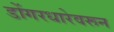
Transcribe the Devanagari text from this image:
डोंगरधारेवरून